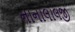
નાનાલાલજી